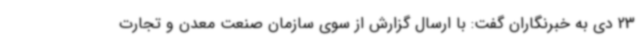
23 دی به خبرنگاران گفت: با ارسال گزارش از سوی سازمان صنعت معدن و تجارت